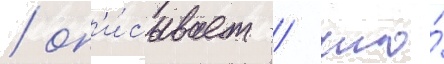
/ оп'и́сывает / что́